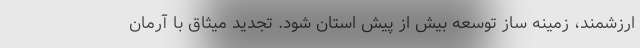
ارزشمند، زمینه ساز توسعه بیش از پیش استان شود. تجدید میثاق با آرمان